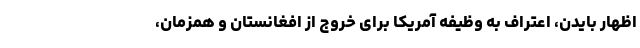
اظهار بایدن، اعتراف به وظیفه آمریکا برای خروج از افغانستان و همزمان،